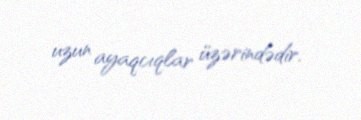
uzun ayaqcıqlar üzərindədir.